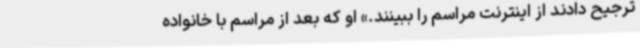
ترجیح دادند از اینترنت مراسم را ببینند.» او که بعد از مراسم با خانواده